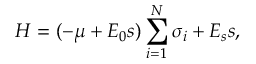
H = ( - \mu + E _ { 0 } s ) \sum _ { i = 1 } ^ { N } \sigma _ { i } + E _ { s } s ,